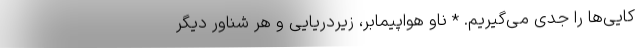
کایی‌ها را جدی می‌گیریم. * ناو هواپیمابر، زیردریایی و هر شناور دیگر